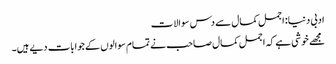
ادبی دنیا: اجمل کمال سے دس سوالات
مجھے خوشی ہے کہ اجمل کمال صاحب نے تمام سوالوں کے جوابات دیے ہیں۔